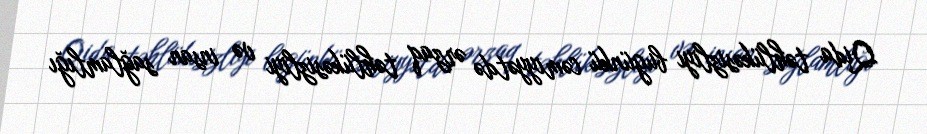
Qida təhlükəsizliyi bugünkü cəmiyyətdə ərzaq təhlükəsizliyi və insan sağlamlığı